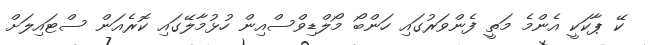
ކޭ ޕާކަކީ އެންމެ މަތީ ފެންވަރުގައި ހަންބޯ މޯލްޑިވްސްއިން ހުޅުމާލޭގައި ކޮރެއަން ސްޓައިލަށް